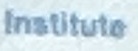
Institute